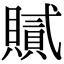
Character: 𧸐